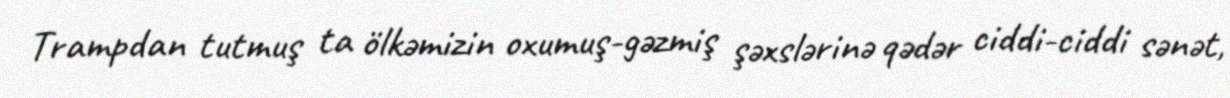
Trampdan tutmuş ta ölkəmizin oxumuş-gəzmiş şəxslərinə qədər ciddi-ciddi sənət,